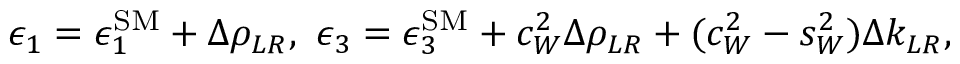
\epsilon _ { 1 } = \epsilon _ { 1 } ^ { \mathrm { S M } } + \Delta \rho _ { L R } , \ \epsilon _ { 3 } = \epsilon _ { 3 } ^ { \mathrm { S M } } + c _ { W } ^ { 2 } \Delta \rho _ { L R } + ( c _ { W } ^ { 2 } - s _ { W } ^ { 2 } ) \Delta k _ { L R } ,